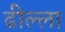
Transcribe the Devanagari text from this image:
ढील्ला